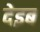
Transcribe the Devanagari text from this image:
देइब